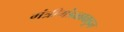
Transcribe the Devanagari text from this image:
मंत्रीमंडळाकडून